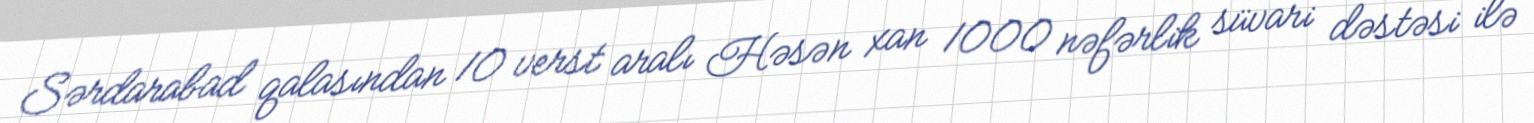
Sərdarabad qalasından 10 verst aralı Həsən xan 1000 nəfərlik süvari dəstəsi ilə